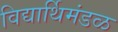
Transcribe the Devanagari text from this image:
विद्यार्थिमंडळ